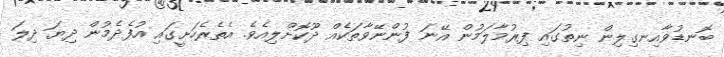
ބޮނޑުވާއިނގިލިން ނިތުގައި ފިރުމާލަމުން އޭނަ ފުންނޭވާތަކެއް ދޫކޮށްލިއެވެ. އެތެރެހަށީގައި އުފެދެމުން ދިޔަ ދިލަ